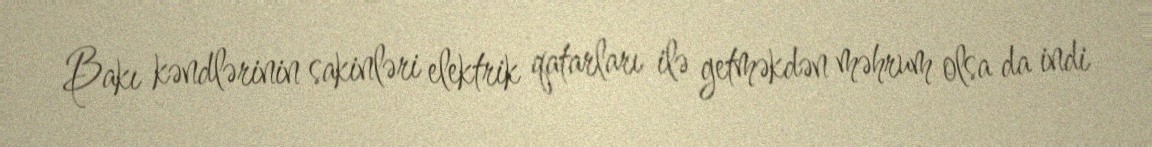
Bakı kəndlərinin sakinləri elektrik qatarları ilə getməkdən məhrum olsa da indi